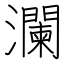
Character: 瀾